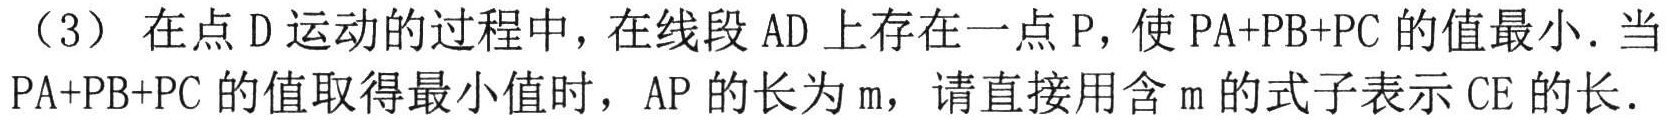
（3）在点\(D\)运动的过程中，在线段\(AD\)上存在一点\(P\)，使\(PA + PB+ PC\)的值最小．当\(PA + PB + PC\)的值取得最小值时，\(AP\)的长为\(m\)，请直接用含\(m\)的式子表示\(CE\)的长．